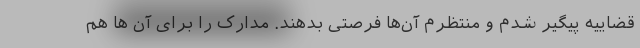
قضاییه پیگیر شدم و منتظرم آن‌ها فرصتی بدهند. مدارک را برای آن ها هم